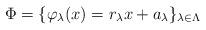
LaTeX: \begin{align*}\Phi=\{\varphi_{\lambda}(x)=r_{\lambda}x+a_{\lambda}\}_{\lambda\in\Lambda}\end{align*}